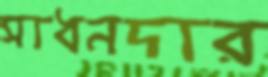
সাধনদার